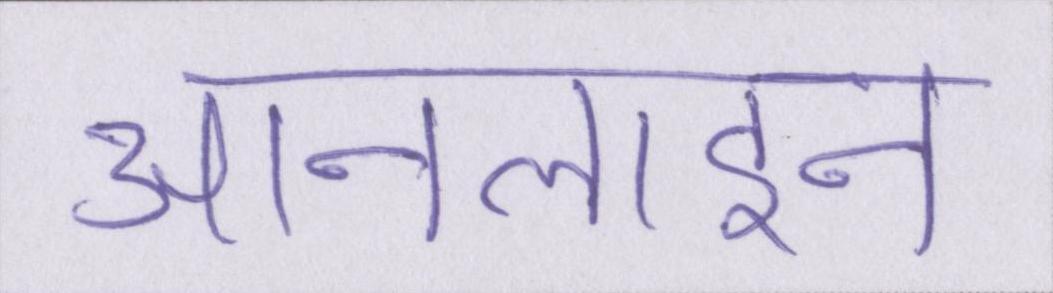
आनलाइन